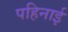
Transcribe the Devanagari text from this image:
पहिनाई